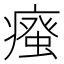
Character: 𭼦